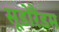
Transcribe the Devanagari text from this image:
सूडोरैंडम